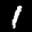
Label: 1